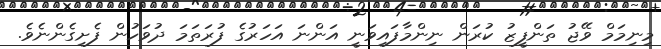
މިނިމަމް ވޭޖު ތަންފީޒު ކުރަން ނިންމާފައިވަނީ އަންނަ އަހަރުގެ ފުރަތަމަ ދުވަހުން ފެށިގެންނެވެ.